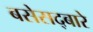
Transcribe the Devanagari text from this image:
बसेसद्बारे